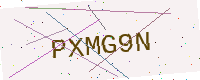
Text: PXMG9N